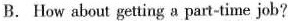
B. How about getting a part-time job?